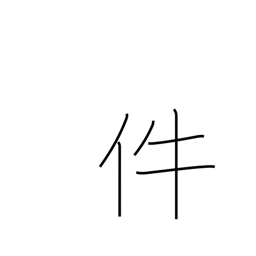
Meaning: item